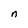
Character: n